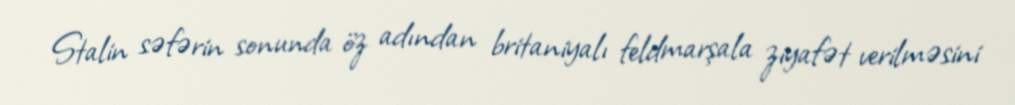
Stalin səfərin sonunda öz adından britaniyalı feldmarşala ziyafət verilməsini